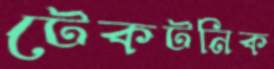
টেকটনিক